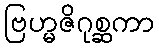
ဗြဟ္မဇိဂုစ္ဆကာ